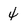
Character: 4